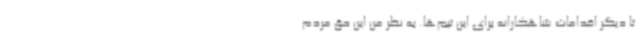
تا دیگر اقدامات شاهکارانه برای این تیم‌ها. به نظر من این حق مردم